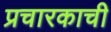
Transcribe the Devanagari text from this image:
प्रचारकाची